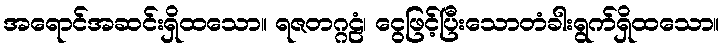
အရောင်အဆင်းရှိထသော။ ရဇတဂ္ဂဠံ၊ ငွေဖြင့်ပြီးသောတံခါးရွက်ရှိထသော။